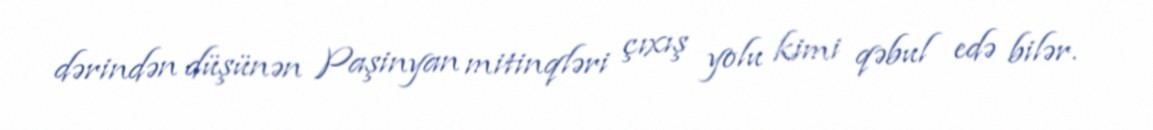
dərindən düşünən Paşinyan mitinqləri çıxış yolu kimi qəbul edə bilər.